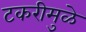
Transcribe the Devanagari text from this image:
टकरीमुळे